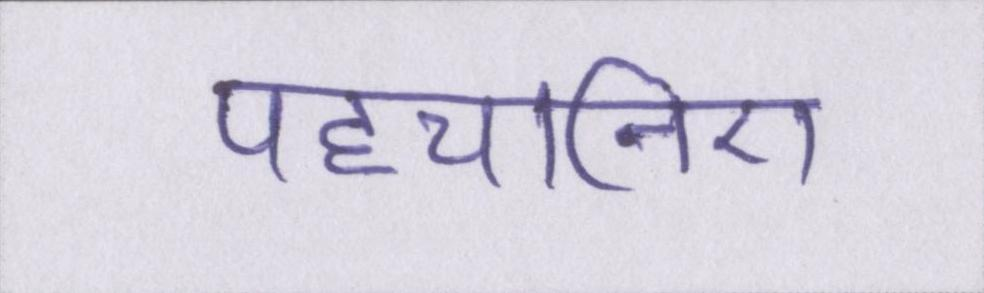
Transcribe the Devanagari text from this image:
पहचानिए